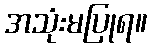
အသုံးမပြုရ။